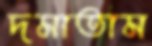
দমাতাম